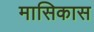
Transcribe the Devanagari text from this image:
मासिकास